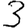
Digit: 3